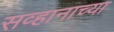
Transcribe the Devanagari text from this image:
सव्हानाच्या